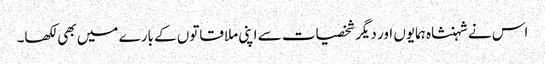
اس نے شہنشاہ ہمایوں اور دیگر شخصیات سے اپنی ملاقاتوں کے بارے میں بھی لکھا۔